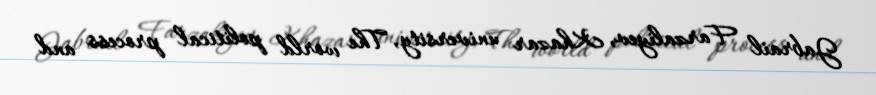
Jabrail Farzaliyev, Khazar university, The world political process and